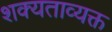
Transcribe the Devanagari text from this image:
शक्यताव्यक्त